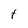
Character: t